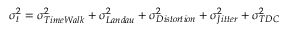
\sigma _ { t } ^ { 2 } = \sigma _ { T i m e W a l k } ^ { 2 } + \sigma _ { L a n d a u } ^ { 2 } + \sigma _ { D i s t o r t i o n } ^ { 2 } + \sigma _ { J i t t e r } ^ { 2 } + \sigma _ { T D C } ^ { 2 }